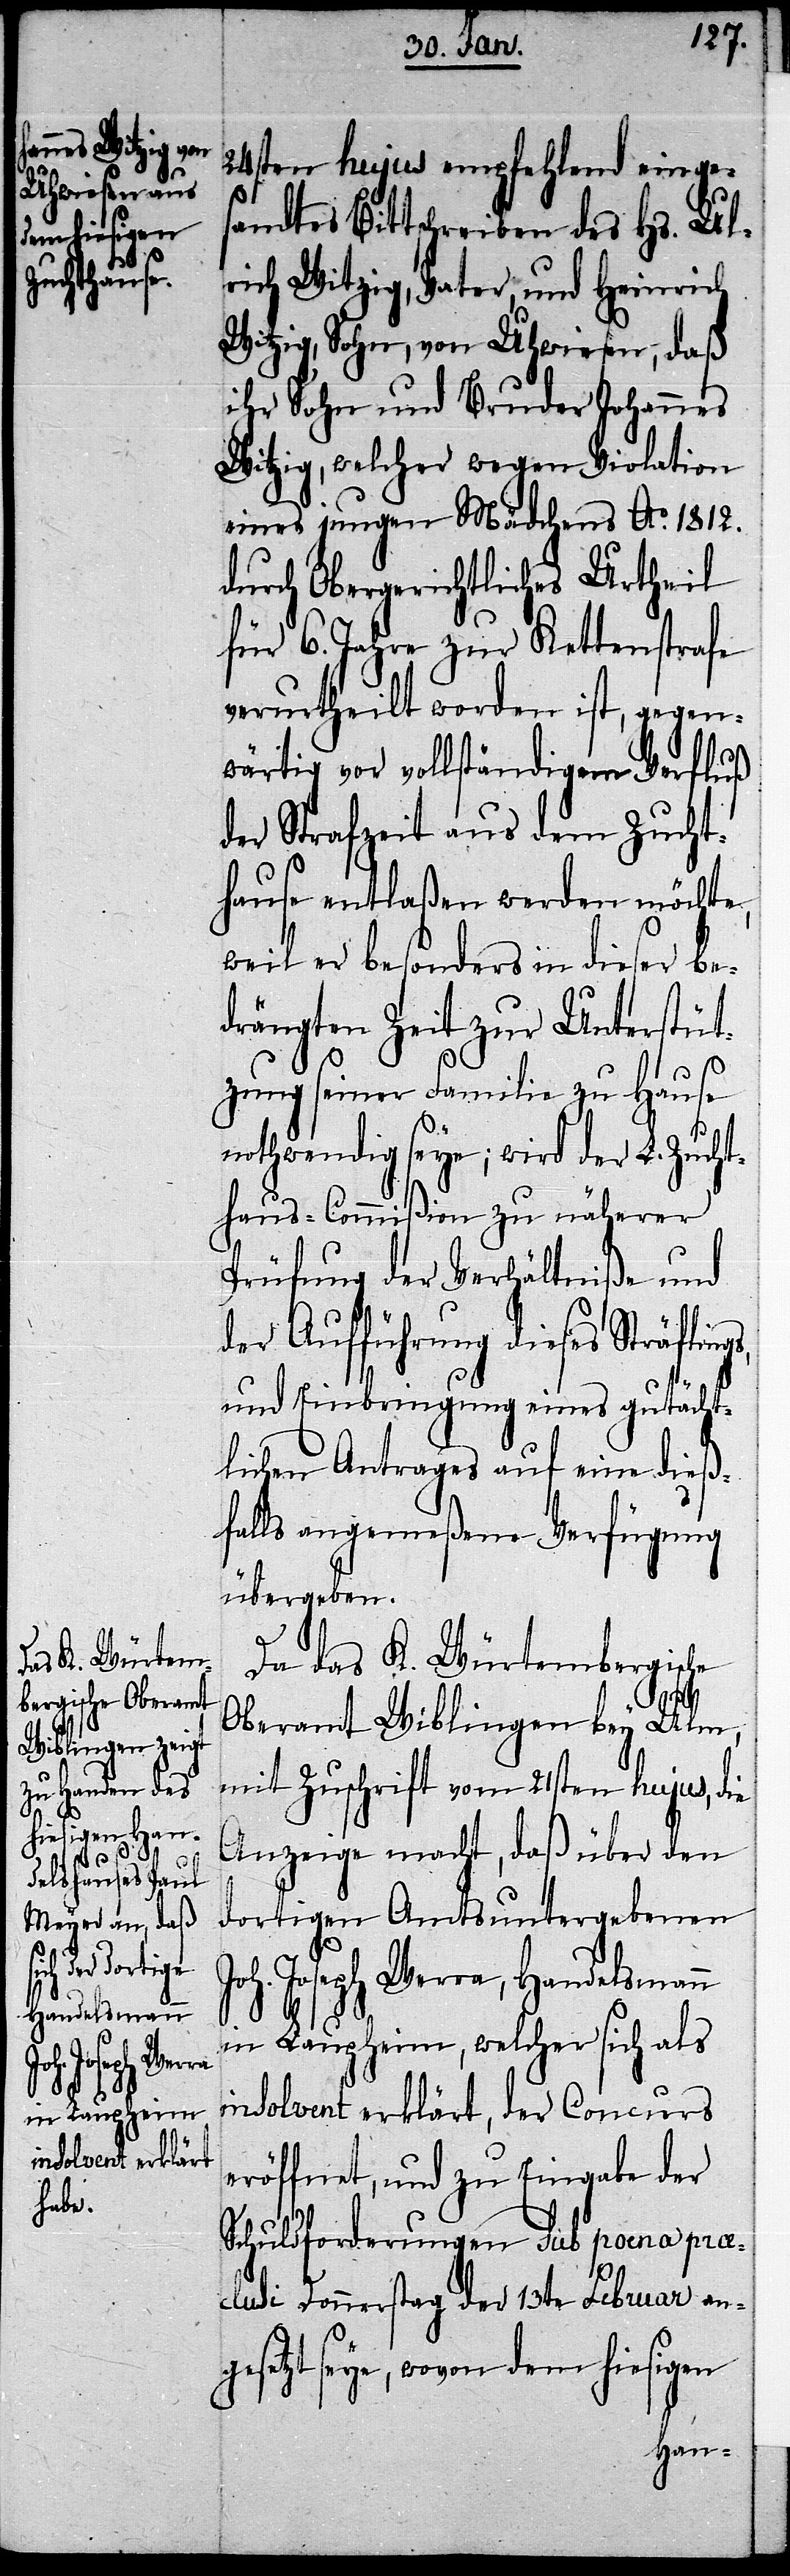
24sten hujus empfehlend einge¬
sandtes Bittschreiben des Hs. Ul¬
rich Witzig, Vater, und Heinrich
Witzig, Sohn, von Uhwiesen, daß
ihr Sohn und Bruder Johannes
Witzig, welcher wegen Violation
eines jungen Mädchens Ao. 1812.
durch Obergerichtliches Urtheil
für 6. Jahre zur Kettenstrafe
verurtheilt worden ist, gegen¬
wärtig vor vollständigem Verfluß
der Strafzeit aus dem Zucht¬
hause entlaßen werden möchte,
weil er besonders in dieser be¬
drängten Zeit zur Unterstüt¬
zung seiner Familie zu Hause
nothwendig seye; wird der L. Zucht¬
haus-Commißion zu näherer
Prüfung der Verhältniße und
der Aufführung dieses Sträflings,
und Einbringung eines gutächt¬
lichen Antrages auf eine dieß¬
falls angemeßene Verfügung
übergeben.
Da das K. Würtembergische
Oberamt Wiblingen bey Ulm,
mit Zuschrift vom 21sten hujus, die
Anzeige macht, daß über den
dortigen Amtsuntergebenen
Joh. Joseph Werra, Handelsmann
in Laupheim, welcher sich als
insolvent erklärt, der Concurs
eröffnet, und zu Eingabe der
Schuldforderungen sub poena prae¬
clusi Donnerstag der 13te Februar ang¬
esetzt seye, wovon dem hiesigen